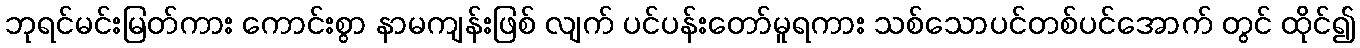
ဘုရင်မင်းမြတ်ကား ကောင်းစွာ နာမကျန်းဖြစ် လျက် ပင်ပန်းတော်မူရကား သစ်သောပင်တစ်ပင်အောက် တွင် ထိုင်၍